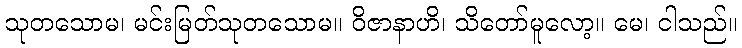
သုတသောမ၊ မင်းမြတ်သုတသောမ။ ဝိဇာနာဟိ၊ သိတော်မူလော့။ မေ၊ ငါသည်။